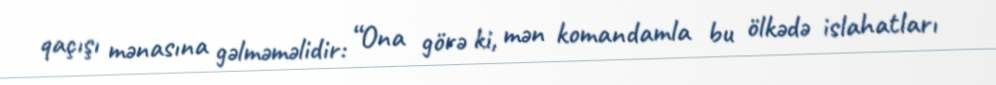
qaçışı mənasına gəlməməlidir: “Ona görə ki, mən komandamla bu ölkədə islahatları